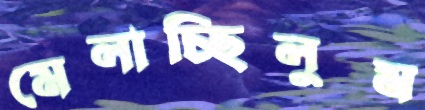
মেলাচ্ছিলুম